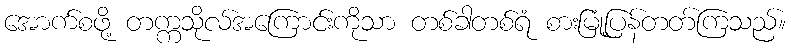
အောက်စဖို့ တက္ကသိုလ်အကြောင်းကိုသာ တစ်ခါတစ်ရံ စားမြုံ့ပြန်တတ်ကြသည်။